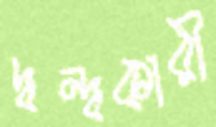
দ্বন্দ্বকারী